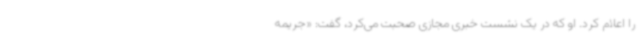
را اعلام کرد. او که در یک نشست خبری مجازی صحبت می‌کرد، گفت: «جریمه